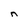
Character: n